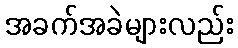
အခက်အခဲများလည်း